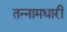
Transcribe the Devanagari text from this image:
तन्नामधारी